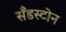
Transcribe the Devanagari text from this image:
सँडस्टोन